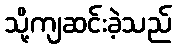
သို့ကျဆင်းခဲ့သည်